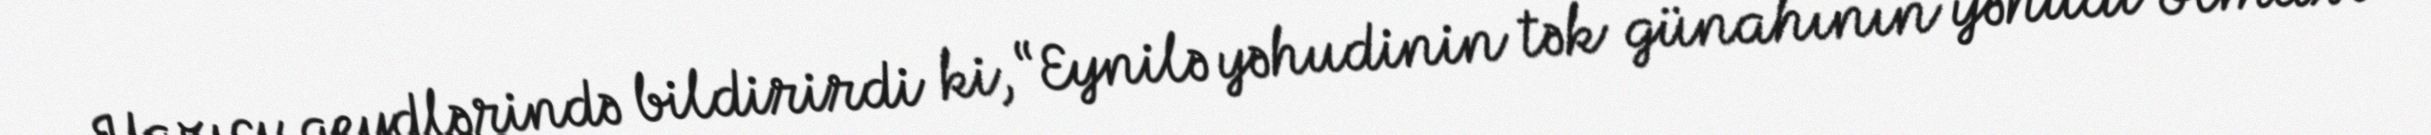
Yazıçı qeydlərində bildirirdi ki, “Eynilə yəhudinin tək günahının yəhudi olması